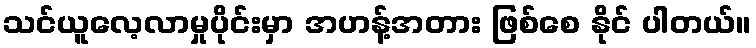
သင်ယူလေ့လာမှုပိုင်းမှာ အဟန့်အတား ဖြစ်စေ နိုင် ပါတယ်။